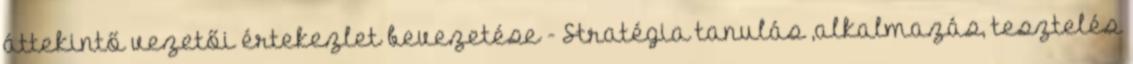
áttekintő vezetői értekezlet bevezetése - Stratégia tanulás ,alkalmazás, tesztelés